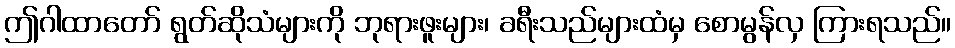
ဤဂါထာတော် ရွတ်ဆိုသံများကို ဘုရားဖူးများ၊ ခရီးသည်များထံမှ စောမွန်လှ ကြားရသည်။